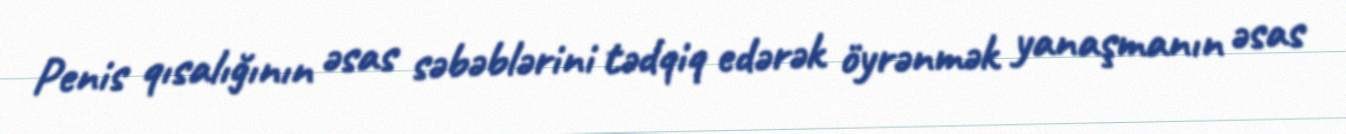
Penis qısalığının əsas səbəblərini tədqiq edərək öyrənmək yanaşmanın əsas